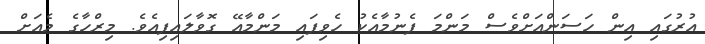
އުރުގައި އިން ހަސަންއަށްވެސް މަންމަ ފެނުމާއެކު ހެވިފައި މަންމާއޭ ގޮވާލައިފިއެވެ. މިރްހާގެ މެއަށް